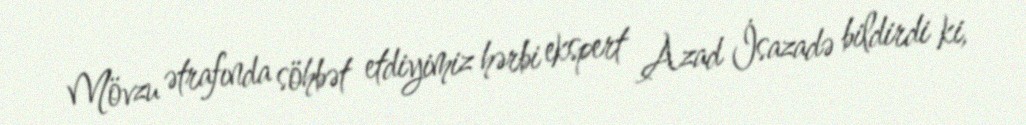
Mövzu ətrafında söhbət etdiyimiz hərbi ekspert Azad İsazadə bildirdi ki,